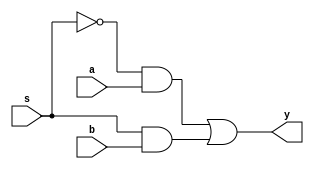
module mux2(a,b,s,y);
input a,b,s;
output y;
assign y = (!s)&a | s&b;
endmodule